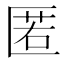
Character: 匿